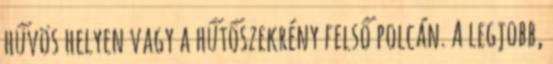
hűvös helyen vagy a hűtőszekrény felső polcán. A legjobb,